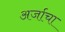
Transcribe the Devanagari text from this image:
अर्जाचा